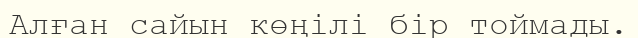
Алған сайын көңілі бір тоймады.